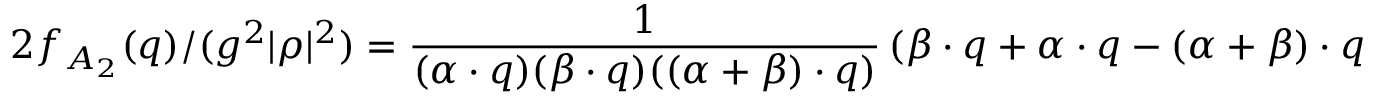
2 f _ { A _ { 2 } } ( q ) / ( g ^ { 2 } | \rho | ^ { 2 } ) = { \frac { 1 } { ( \alpha \cdot q ) ( \beta \cdot q ) ( ( \alpha + \beta ) \cdot q ) } } \left( \beta \cdot q + \alpha \cdot q - ( \alpha + \beta ) \cdot q \right) = 0 .